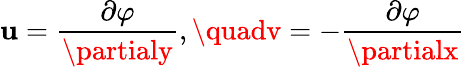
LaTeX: \mathbf{u}=\frac{{\partial\varphi}}{{\partialy}},\quadv=-\frac{{\partial\varphi}}{{\partialx}}